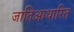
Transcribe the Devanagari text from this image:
जातिआधारित